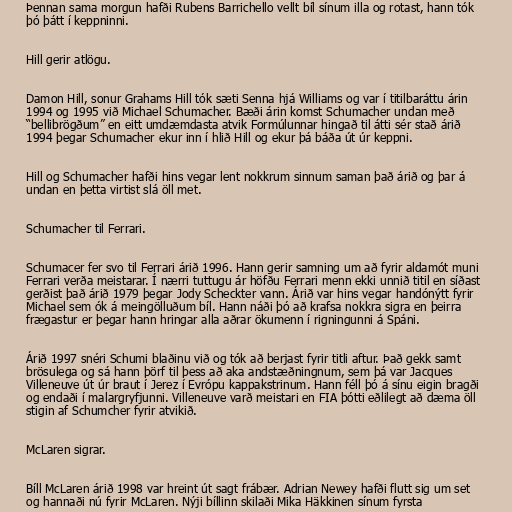
Þennan sama morgun hafði Rubens Barrichello vellt bíl sínum illa og rotast, hann tók
þó þátt í keppninni.

Hill gerir atlögu.

Damon Hill, sonur Grahams Hill tók sæti Senna hjá Williams og var í titilbaráttu árin
1994 og 1995 við Michael Schumacher. Bæði árin komst Schumacher undan með
“bellibrögðum” en eitt umdæmdasta atvik Formúlunnar hingað til átti sér stað árið
1994 þegar Schumacher ekur inn í hlið Hill og ekur þá báða út úr keppni.

Hill og Schumacher hafði hins vegar lent nokkrum sinnum saman það árið og þar á
undan en þetta virtist slá öll met.

Schumacher til Ferrari.

Schumacer fer svo til Ferrari árið 1996. Hann gerir samning um að fyrir aldamót muni
Ferrari verða meistarar. Í nærri tuttugu ár höfðu Ferrari menn ekki unnið titil en síðast
gerðist það árið 1979 þegar Jody Scheckter vann. Árið var hins vegar handónýtt fyrir
Michael sem ók á meingölluðum bíl. Hann náði þó að krafsa nokkra sigra en þeirra
frægastur er þegar hann hringar alla aðrar ökumenn í rigningunni á Spáni.

Árið 1997 snéri Schumi blaðinu við og tók að berjast fyrir titli aftur. Það gekk samt
brösulega og sá hann þörf til þess að aka andstæðningnum, sem þá var Jacques
Villeneuve út úr braut í Jerez í Evrópu kappakstrinum. Hann féll þó á sínu eigin bragði
og endaði í malargryfjunni. Villeneuve varð meistari en FIA þótti eðlilegt að dæma öll
stigin af Schumcher fyrir atvikið.

McLaren sigrar.

Bíll McLaren árið 1998 var hreint út sagt frábær. Adrian Newey hafði flutt sig um set
og hannaði nú fyrir McLaren. Nýji bíllinn skilaði Mika Häkkinen sínum fyrsta